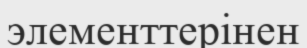
элементтерінен